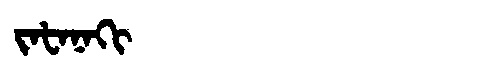
Manchu: ᠵᠠᡶᠠᠨᠠᡴᡳ
Romanization: JAFANAKI